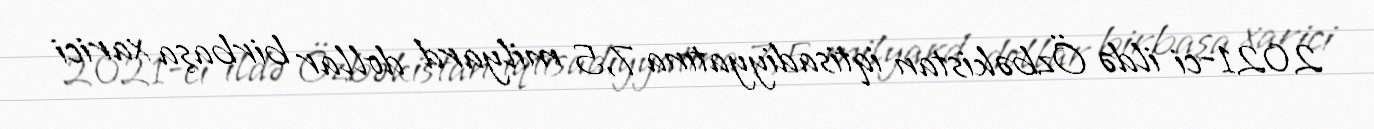
2021-ci ildə Özbəkistan iqtisadiyyatına 7,5 milyard dollar birbaşa xarici